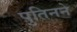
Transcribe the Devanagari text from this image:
पुतिनने